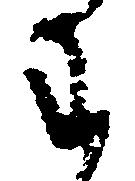
わ